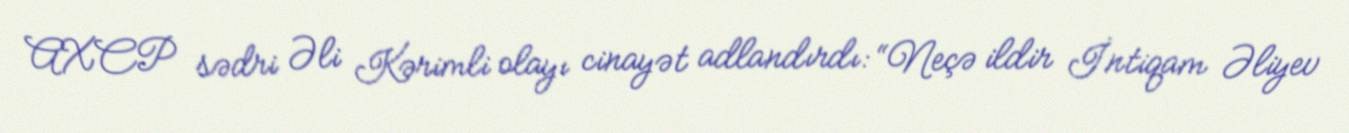
AXCP sədri Əli Kərimli olayı cinayət adlandırdı: “Neçə ildir İntiqam Əliyev